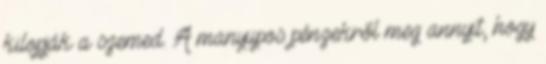
kilopják a szemed. A manyupos pénzekről meg annyit, hogy